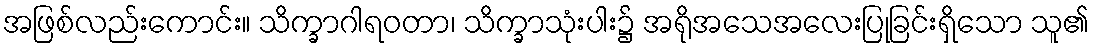
အဖြစ်လည်းကောင်း။ သိက္ခာဂါရဝတာ၊ သိက္ခာသုံးပါး၌ အရိုအသေအလေးပြုခြင်းရှိသော သူ၏